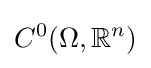
C^{0}(\Omega ,\mathbb {R} ^{n})